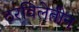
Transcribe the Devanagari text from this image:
ठरविलेतीन